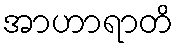
အာဟာရာတိ